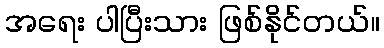
အရေး ပါပြီးသား ဖြစ်နိုင်တယ်။